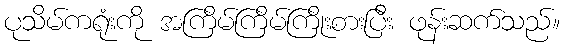
ပုသိမ်ကရုံးကို အကြိမ်ကြိမ်ကြိုးစားပြီး ဖုန်းဆက်သည်။